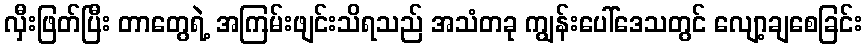
လှီးဖြတ်ပြီး တာတွေရဲ့ အကြမ်းဖျင်းသိရသည် အသံတခု ကျွန်းပေါ်ဒေသတွင် လျော့ချစေခြင်း